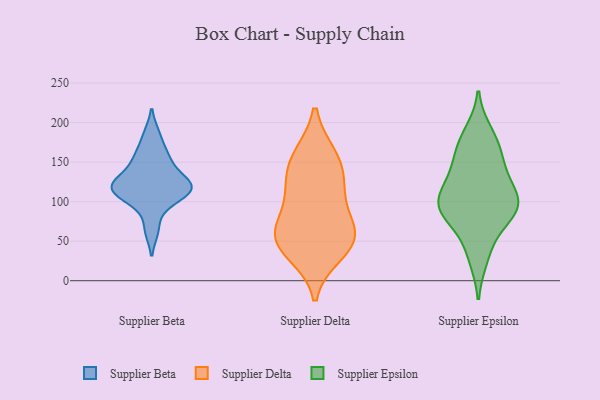
{"axis": {"x": "Churn Rate (%)", "y": "Value"}, "legend": ["Supplier Beta", "Supplier Delta", "Supplier Epsilon"], "data": [{"x": "", "y": 114, "type": "Supplier Beta"}, {"x": "", "y": 135, "type": "Supplier Beta"}, {"x": "", "y": 117, "type": "Supplier Beta"}, {"x": "", "y": 157, "type": "Supplier Beta"}, {"x": "", "y": 112, "type": "Supplier Beta"}, {"x": "", "y": 121, "type": "Supplier Beta"}, {"x": "", "y": 113, "type": "Supplier Beta"}, {"x": "", "y": 64, "type": "Supplier Beta"}, {"x": "", "y": 129, "type": "Supplier Beta"}, {"x": "", "y": 185, "type": "Supplier Beta"}, {"x": "", "y": 96, "type": "Supplier Beta"}, {"x": "", "y": 157, "type": "Supplier Beta"}, {"x": "", "y": 158, "type": "Supplier Delta"}, {"x": "", "y": 60, "type": "Supplier Delta"}, {"x": "", "y": 130, "type": "Supplier Delta"}, {"x": "", "y": 47, "type": "Supplier Delta"}, {"x": "", "y": 75, "type": "Supplier Delta"}, {"x": "", "y": 158, "type": "Supplier Delta"}, {"x": "", "y": 49, "type": "Supplier Delta"}, {"x": "", "y": 58, "type": "Supplier Delta"}, {"x": "", "y": 124, "type": "Supplier Delta"}, {"x": "", "y": 103, "type": "Supplier Delta"}, {"x": "", "y": 35, "type": "Supplier Delta"}, {"x": "", "y": 96, "type": "Supplier Epsilon"}, {"x": "", "y": 113, "type": "Supplier Epsilon"}, {"x": "", "y": 86, "type": "Supplier Epsilon"}, {"x": "", "y": 85, "type": "Supplier Epsilon"}, {"x": "", "y": 151, "type": "Supplier Epsilon"}, {"x": "", "y": 87, "type": "Supplier Epsilon"}, {"x": "", "y": 186, "type": "Supplier Epsilon"}, {"x": "", "y": 174, "type": "Supplier Epsilon"}, {"x": "", "y": 95, "type": "Supplier Epsilon"}, {"x": "", "y": 88, "type": "Supplier Epsilon"}, {"x": "", "y": 173, "type": "Supplier Epsilon"}, {"x": "", "y": 145, "type": "Supplier Epsilon"}, {"x": "", "y": 30, "type": "Supplier Epsilon"}, {"x": "", "y": 40, "type": "Supplier Epsilon"}, {"x": "", "y": 132, "type": "Supplier Epsilon"}, {"x": "", "y": 98, "type": "Supplier Epsilon"}, {"x": "", "y": 116, "type": "Supplier Epsilon"}]}